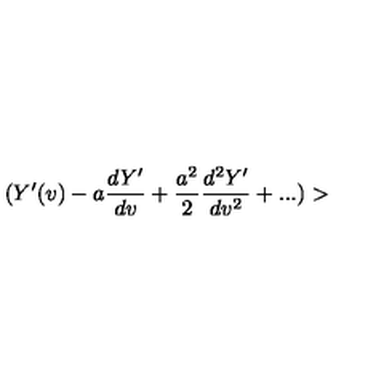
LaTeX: ( Y ^ { \prime } ( v ) - a { \frac { d Y ^ { \prime } } { d v } } + { \frac { a ^ { 2 } } { 2 } } { \frac { d ^ { 2 } Y ^ { \prime } } { d v ^ { 2 } } } + . . . ) >